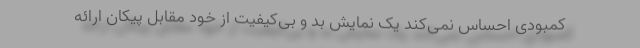
کمبودی احساس نمی‌کند یک نمایش بد و بی‌کیفیت از خود مقابل پیکان ارائه